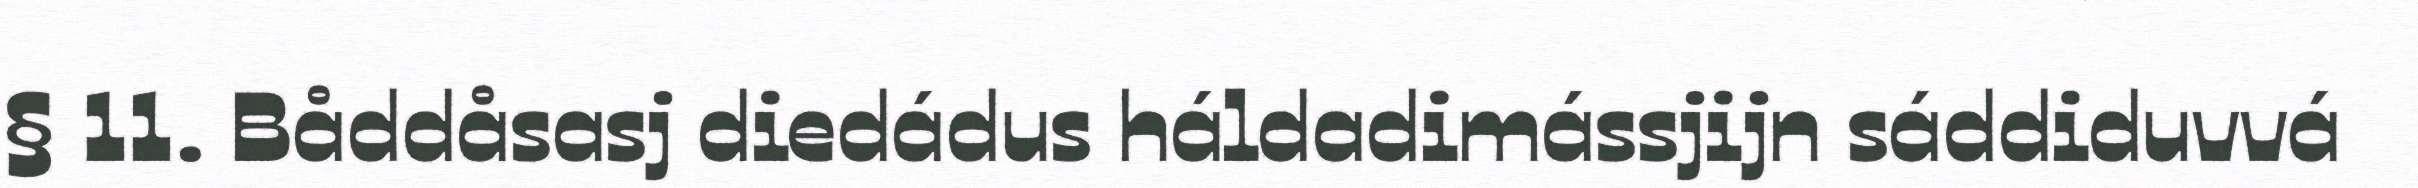
§ 11. Båddåsasj diedádus háldadimássjijn sáddiduvvá